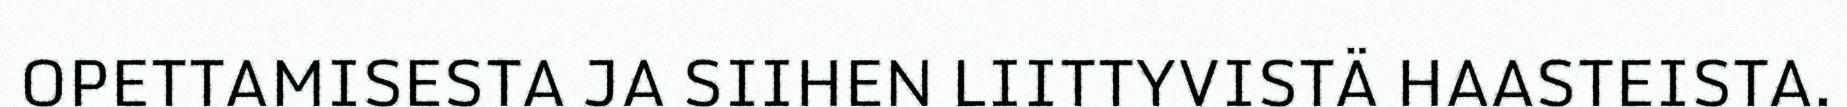
OPETTAMISESTA JA SIIHEN LIITTYVISTÄ HAASTEISTA.